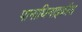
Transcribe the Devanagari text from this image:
पानाथिनाइकॉस